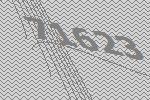
71623